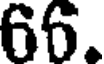
66.